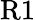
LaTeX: \mathrm{R1}